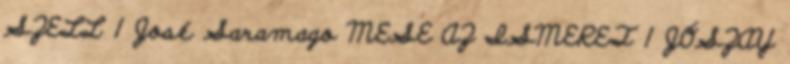
SZELL 1 José Saramago MESE AZ ISMERET 1 JÓSZAY